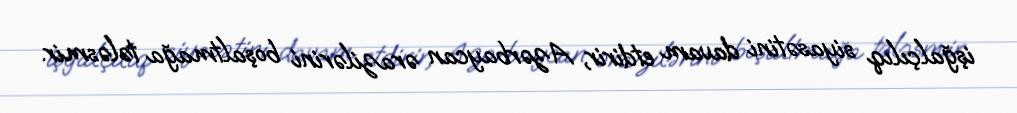
işğalçılıq siyasətini davam etdirir, Azərbaycan ərazilərini boşaltmağa tələsmir.